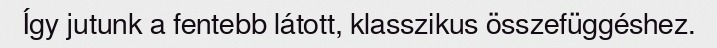
Így jutunk a fentebb látott, klasszikus összefüggéshez.